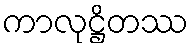
ကာလုဋ္ဌိတဿ